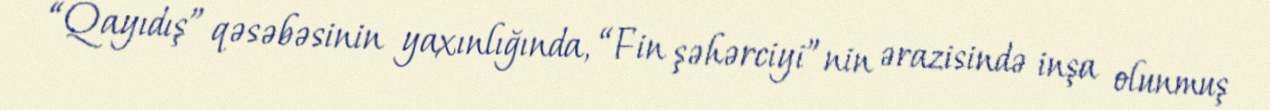
“Qayıdış” qəsəbəsinin yaxınlığında, “Fin şəhərciyi”nin ərazisində inşa olunmuş